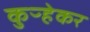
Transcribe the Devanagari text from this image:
कुऱ्हेकर